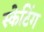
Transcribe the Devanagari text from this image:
स्‍केटिंग